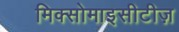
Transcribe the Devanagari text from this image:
मिक्सोमाइसीटीज़